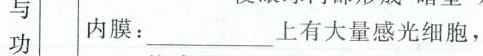
与 功 内膜：___上有大量感光细胞，